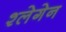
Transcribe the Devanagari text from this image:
श्लेगेन